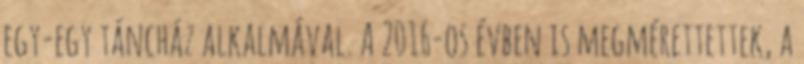
egy-egy táncház alkalmával. A 2016-os évben is megmérettettek, a